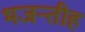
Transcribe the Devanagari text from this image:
भजन्तीह